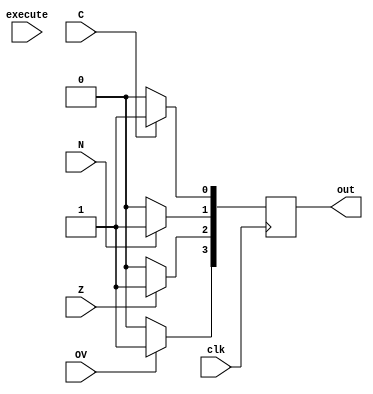
module flag_register(

	input execute, C, N, Z, OV, clk,
	output reg [3:0] out
);	
	
	always @(posedge clk)
	begin
	
		if(C)
			begin
				out[0] = 1;
			end
		
		else
			begin
				out[0] = 0;
			end
		
		if(N)
			begin
				out[1] = 1;
			end
		
		else
			begin
				out[1] = 0;
			end
		
		if(Z)
			begin
				out[2] = 1;
			end
		
		else
			begin
				out[2] = 0;
			end
			
		if(OV)
			begin
				out[3] = 1;
			end
		
		else
			begin
				out[3] = 0;
			end
	end	
		
endmodule